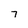
Character: 7